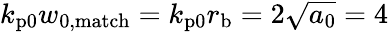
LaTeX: k_{\mathrm{p0}}w_{\mathrm{0,match}}=k_{\mathrm{p0}}r_{\mathrm{b}}=2\sqrt{a_{0}}=4